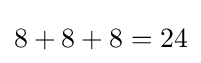
8+8+8=24